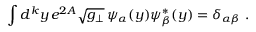
\int d ^ { k } y \, e ^ { 2 A } \sqrt { g _ { \perp } } \, \psi _ { \alpha } ( y ) \psi _ { \beta } ^ { * } ( y ) = \delta _ { \alpha \beta } \ .